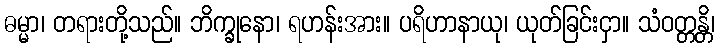
ဓမ္မာ၊ တရားတို့သည်။ ဘိက္ခုနော၊ ရဟန်းအား။ ပရိဟာနာယု၊ ယုတ်ခြင်းငှာ။ သံဝတ္တန္တိ၊